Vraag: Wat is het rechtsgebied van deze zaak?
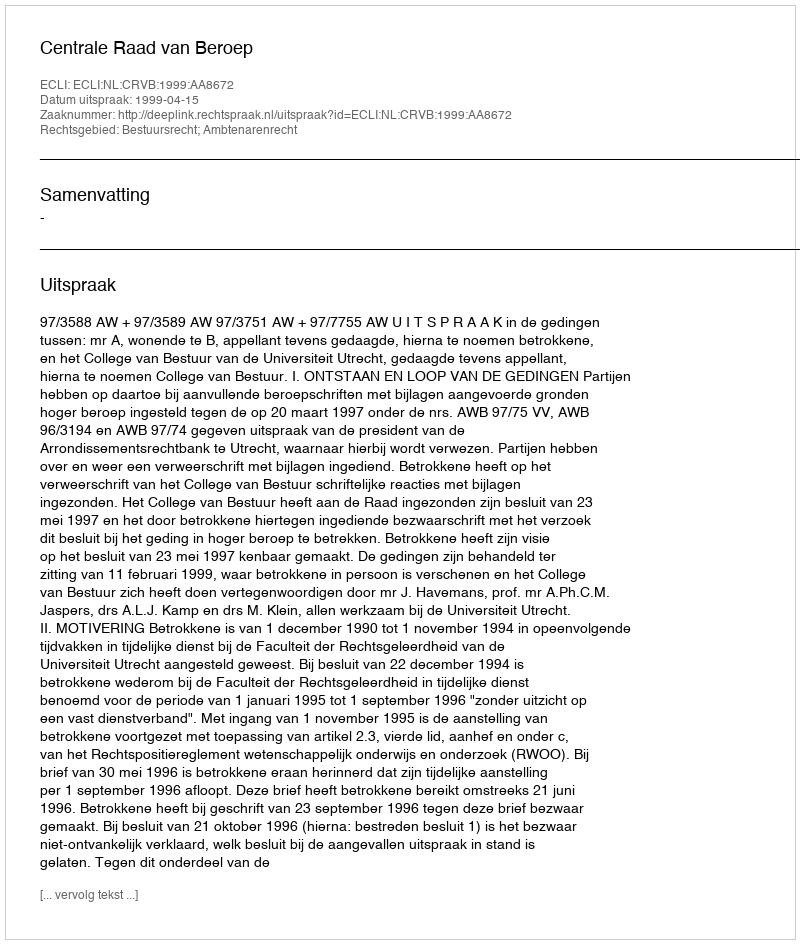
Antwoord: Bestuursrecht; Ambtenarenrecht